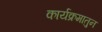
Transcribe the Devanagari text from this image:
कार्यक्रमातुन